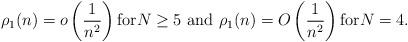
LaTeX: \begin{align*}\rho_1(n)=o\left(\frac{1}{n^2}\right) \textrm{for} N \geq 5 \textrm{ and } \rho_1(n)=O\left(\frac{1}{n^2}\right) \textrm{for} N =4.\end{align*}